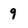
Character: 9